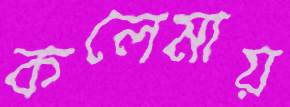
কলেমায়